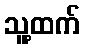
သူ့ထက်